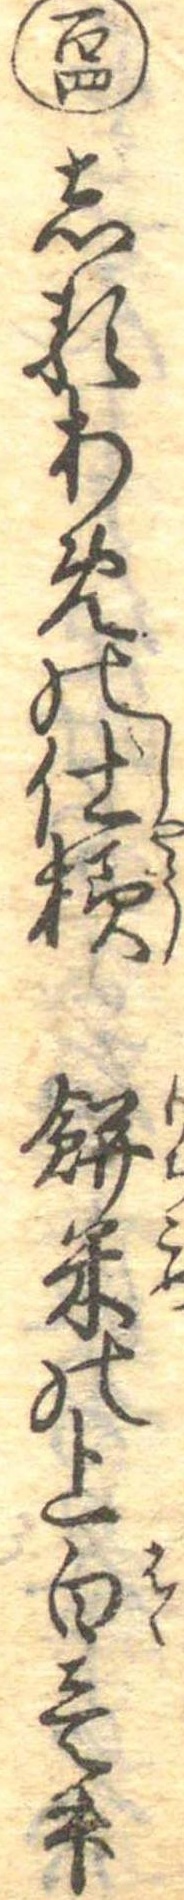
百四しるあめの仕様餅米の上白壱升